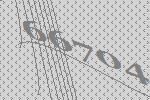
66704